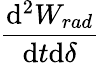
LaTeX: \frac{\mathrm{d}^{2}W_{rad}}{\mathrm{d}t\mathrm{d}\delta}